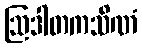
ဩဒါတကသိဏံ